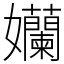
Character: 孏